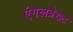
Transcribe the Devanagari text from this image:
एंगेलब्रेख्ट